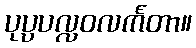
ပုပ္ပပလ္လဝလင်္ကတာ။